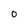
Character: 0